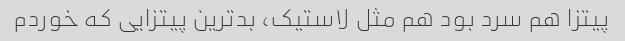
پیتزا هم سرد بود هم مثل لاستیک، بدترین پیتزایی که خوردم